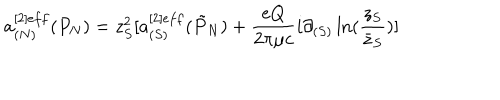
a _ { ( N ) } ^ { [ 2 ] e f f } ( P _ { N } ) = z _ { S } ^ { 2 } [ a _ { ( S ) } ^ { [ 2 ] e f f } ( \tilde { P } _ { N } ) + { \frac { e Q } { 2 \pi \mu c } } i \partial _ { ( S ) } \ln ( { \frac { z _ { S } } { \bar { z } _ { S } } } ) ]